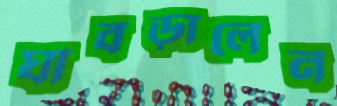
ঘাবড়ালেন